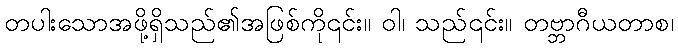
တပါးသောအဖို့ရှိသည်၏အဖြစ်ကို၎င်း။ ဝါ၊ သည်၎င်း။ တဗ္ဘာဂီယတာစ၊